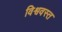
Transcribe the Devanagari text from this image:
विश्ववस्त